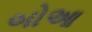
બોઆ